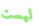
ليست